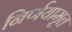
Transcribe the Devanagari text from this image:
निर्णयामृत